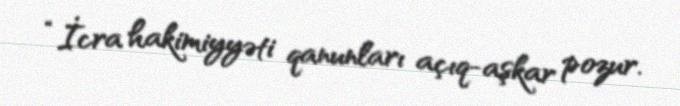
“İcra hakimiyyəti qanunları açıq-aşkar pozur.